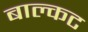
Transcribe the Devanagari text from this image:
बाल्कट